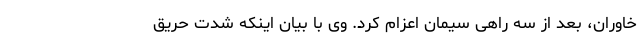
خاوران، بعد از سه راهی سیمان اعزام کرد. وی با بیان اینکه شدت حریق